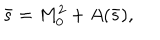
\bar { s } = M _ { 0 } ^ { 2 } + A ( \bar { s } ) ,